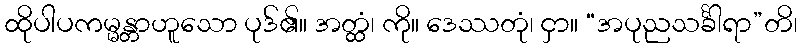
ထိုပါပကမ္မန္တာဟူသော ပုဒ်၏။ အတ္ထံ၊ ကို။ ဒေဿတုံ၊ ငှာ။ “အပုညသင်္ခါရာ”တိ၊